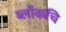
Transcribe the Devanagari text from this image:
ब्लॉकचि